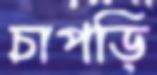
চাপড়ি